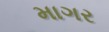
માગર